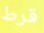
قرط